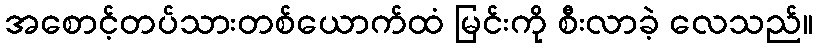
အစောင့်တပ်သားတစ်ယောက်ထံ မြင်းကို စီးလာခဲ့ လေသည်။